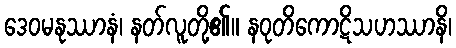
ဒေဝမနုဿာနံ၊ နတ်လူတို့၏။ နဝုတိကောဋိသဟဿာနိ၊